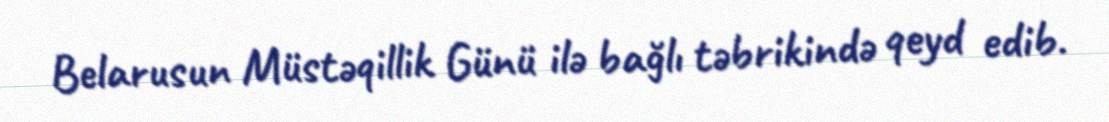
Belarusun Müstəqillik Günü ilə bağlı təbrikində qeyd edib.